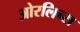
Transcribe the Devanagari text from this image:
ओरलिन्स